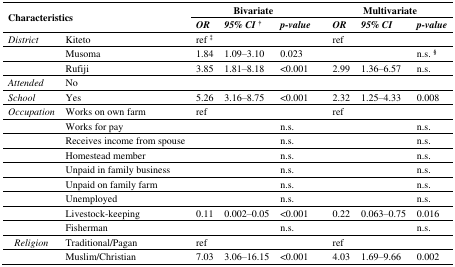
| <ROWSPAN=2-COLSPAN=2> Characteristics | <COLSPAN=3> Bivariate |  | <COLSPAN=3> Multivariate |
 | OR | 95% CI† | p-value |  | OR | 95% CI | p-value |
 | --- | --- | --- | --- | --- | --- | --- | --- | --- |
 | District | Kiteto | ref ‡ |  |  |  | ref |  |  |
 |  | Musoma | 1.84 | 1.09–3.10 | 0.023 |  |  |  | n.s. § |
 |  | Rufiji | 3.85 | 1.81–8.18 | <0.001 |  | 2.99 | 1.36–6.57 | n.s. |
 | Attended | No |  |  |  |  |  |  |  |
 | School | Yes | 5.26 | 3.16–8.75 | <0.001 |  | 2.32 | 1.25–4.33 | 0.008 |
 | Occupation | Works on own farm | ref |  |  |  | ref |  |  |
 |  | Works for pay |  |  | n.s. |  |  |  | n.s. |
 |  | Receives income from spouse |  |  | n.s. |  |  |  | n.s. |
 |  | Homestead member |  |  | n.s. |  |  |  | n.s. |
 |  | Unpaid in family business |  |  | n.s. |  |  |  | n.s. |
 |  | Unpaid on family farm |  |  | n.s. |  |  |  | n.s. |
 |  | Unemployed |  |  | n.s. |  |  |  | n.s. |
 |  | Livestock-keeping | 0.11 | 0.002–0.05 | <0.001 |  | 0.22 | 0.063–0.75 | 0.016 |
 |  | Fisherman |  |  | n.s. |  |  |  | n.s. |
 | Religion | Traditional/Pagan | ref |  |  |  | ref |  |  |
 |  | Muslim/Christian | 7.03 | 3.06–16.15 | <0.001 |  | 4.03 | 1.69–9.66 | 0.002 |